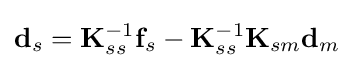
\mathbf {d} _{s}=\mathbf {K} _{ss}^{-1}\mathbf {f} _{s}-\mathbf {K} _{ss}^{-1}\mathbf {K} _{sm}\mathbf {d} _{m}